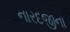
નારદજીના